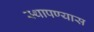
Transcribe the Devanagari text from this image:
स्थापण्यास